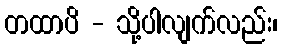
တထာပိ - သို့ပါလျက်လည်း၊